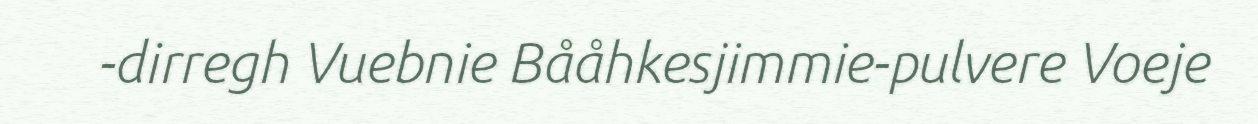
-dirregh Vuebnie Bååhkesjimmie-pulvere Voeje